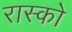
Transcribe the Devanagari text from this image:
रास्को